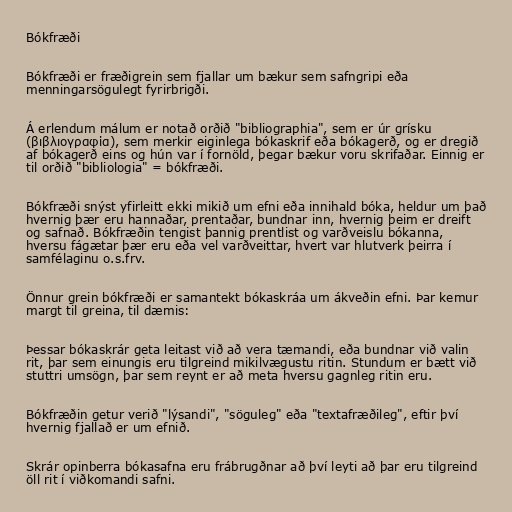
Bókfræði

Bókfræði er fræðigrein sem fjallar um bækur sem safngripi eða
menningarsögulegt fyrirbrigði.

Á erlendum málum er notað orðið "bibliographia", sem er úr grísku
(βιβλιογραφία), sem merkir eiginlega bókaskrif eða bókagerð, og er dregið
af bókagerð eins og hún var í fornöld, þegar bækur voru skrifaðar. Einnig er
til orðið "bibliologia" = bókfræði.

Bókfræði snýst yfirleitt ekki mikið um efni eða innihald bóka, heldur um það
hvernig þær eru hannaðar, prentaðar, bundnar inn, hvernig þeim er dreift
og safnað. Bókfræðin tengist þannig prentlist og varðveislu bókanna,
hversu fágætar þær eru eða vel varðveittar, hvert var hlutverk þeirra í
samfélaginu o.s.frv.

Önnur grein bókfræði er samantekt bókaskráa um ákveðin efni. Þar kemur
margt til greina, til dæmis:

Þessar bókaskrár geta leitast við að vera tæmandi, eða bundnar við valin
rit, þar sem einungis eru tilgreind mikilvægustu ritin. Stundum er bætt við
stuttri umsögn, þar sem reynt er að meta hversu gagnleg ritin eru.

Bókfræðin getur verið "lýsandi", "söguleg" eða "textafræðileg", eftir því
hvernig fjallað er um efnið.

Skrár opinberra bókasafna eru frábrugðnar að því leyti að þar eru tilgreind
öll rit í viðkomandi safni.